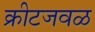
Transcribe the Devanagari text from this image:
क्रीटजवळ